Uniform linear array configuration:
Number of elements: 64
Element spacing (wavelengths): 0.25
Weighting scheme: exponential
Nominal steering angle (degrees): -45
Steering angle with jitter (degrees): -46.985
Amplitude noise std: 0.05
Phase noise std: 0.05

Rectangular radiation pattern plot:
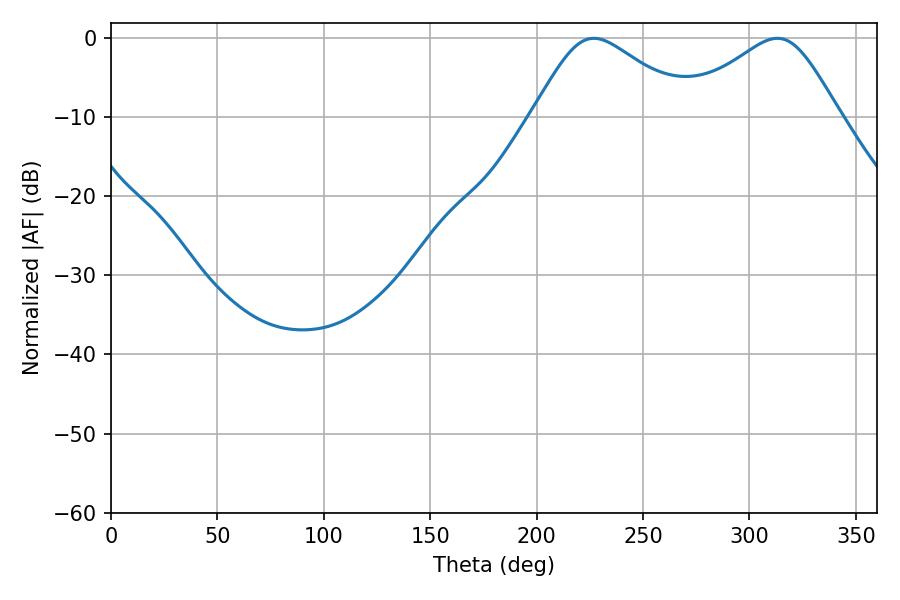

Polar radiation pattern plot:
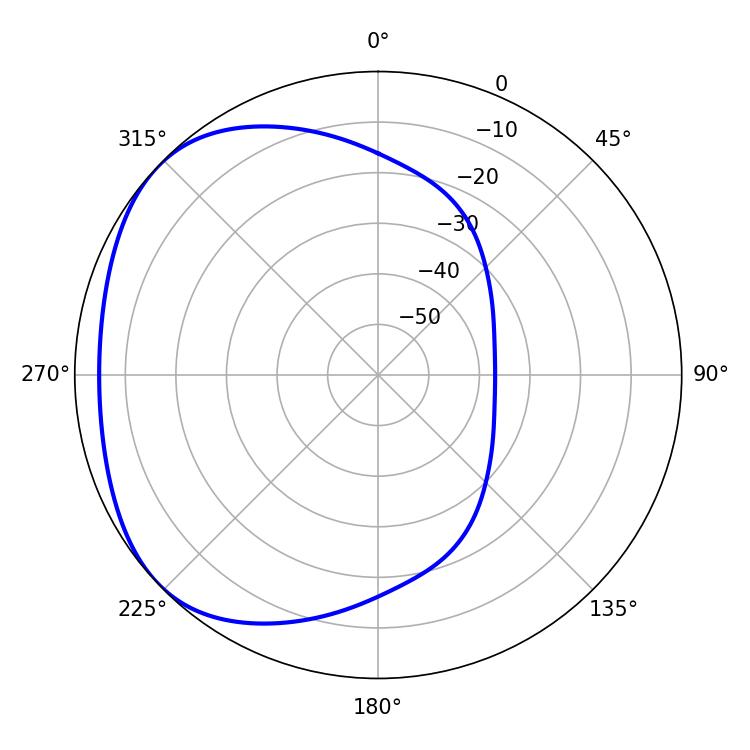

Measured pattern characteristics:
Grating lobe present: FALSE
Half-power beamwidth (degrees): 36.9
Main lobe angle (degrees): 226.8